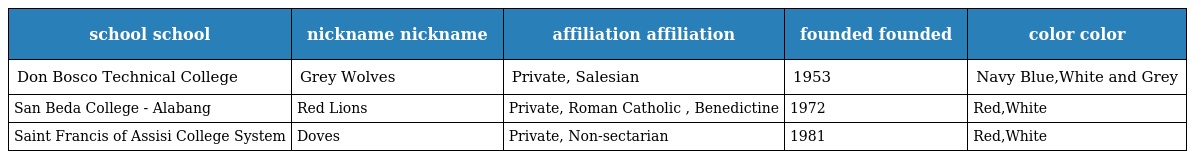
| school school | nickname nickname | affiliation affiliation | founded founded | color color |
 | --- | --- | --- | --- | --- |
 | Don Bosco Technical College | Grey Wolves | Private, Salesian | 1953 | Navy Blue,White and Grey |
 | San Beda College - Alabang | Red Lions | Private, Roman Catholic , Benedictine | 1972 | Red,White |
 | Saint Francis of Assisi College System | Doves | Private, Non-sectarian | 1981 | Red,White |